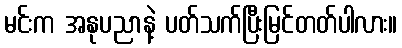
မင်းက အနုပညာနဲ့ ပတ်သက်ပြီးမြင်တတ်ပါလား။